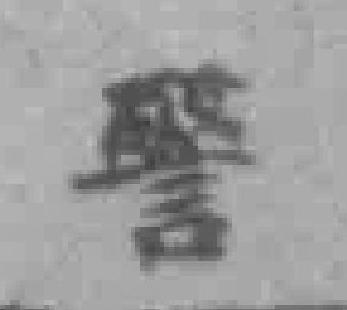
警